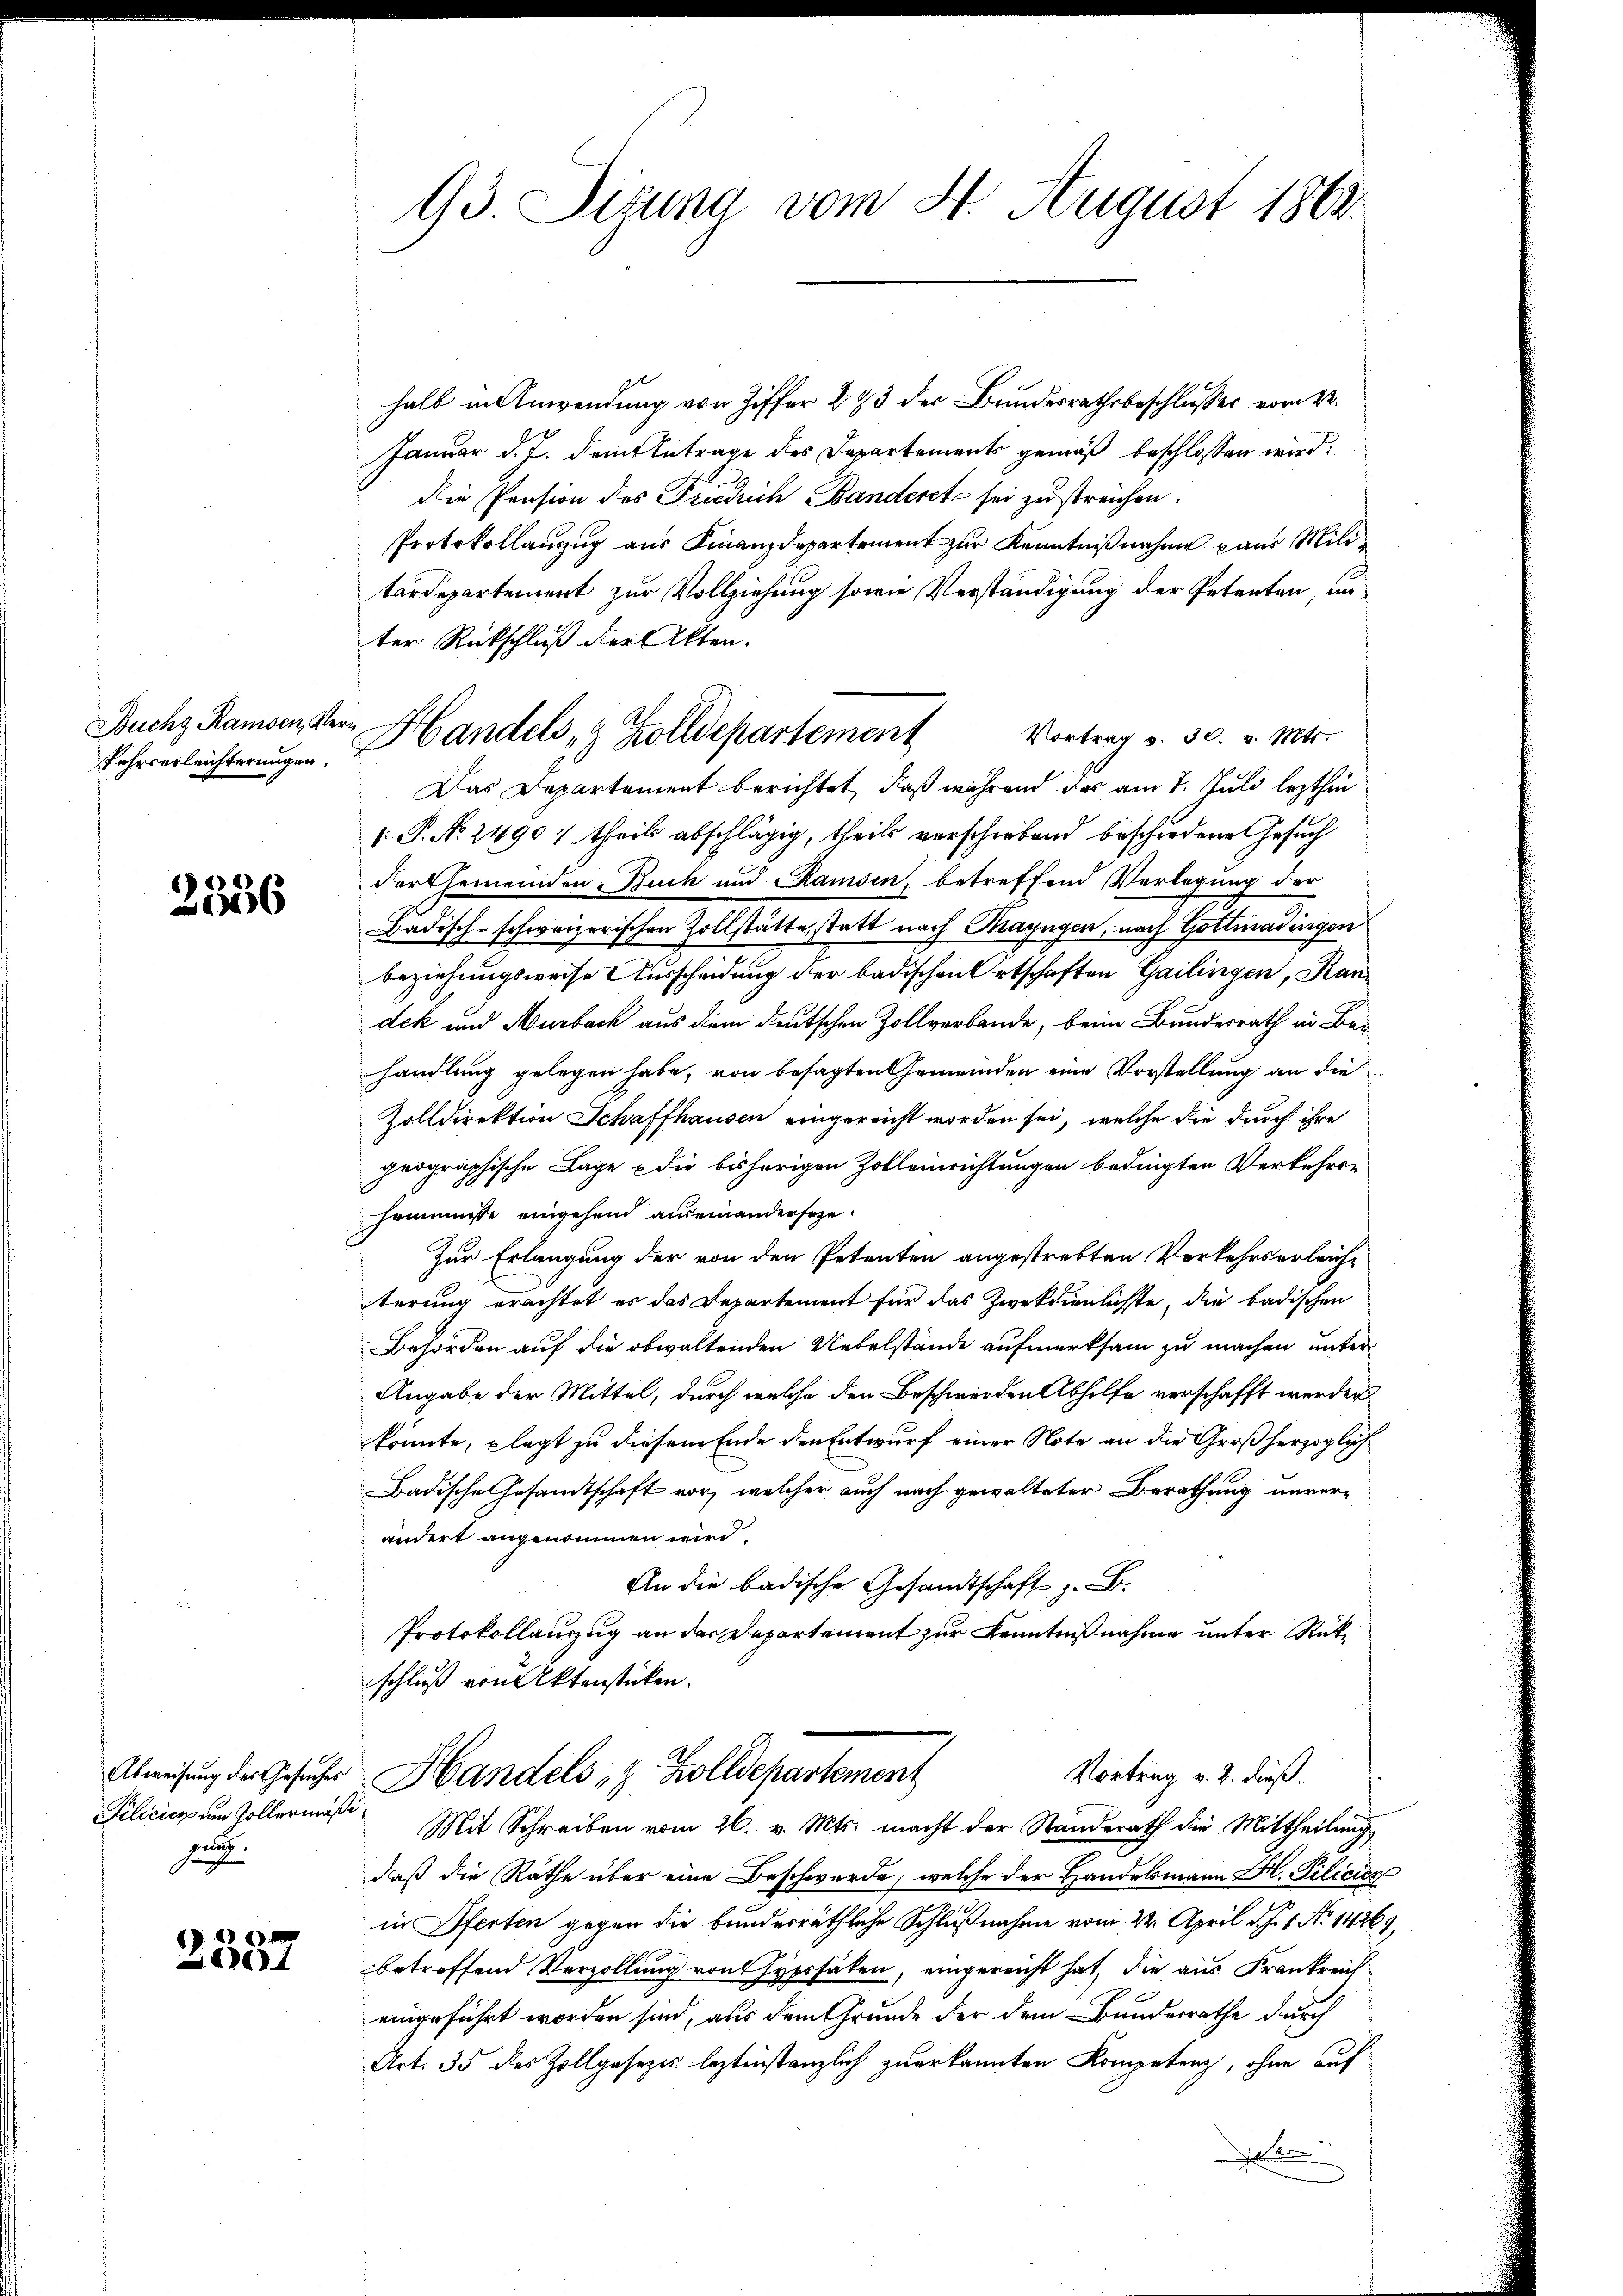
Buchz Ransen, Ver¬
Pehrverleichterungen.

2356

Abweisung des Gesuches
Pilicier um Zollermäßisan.

2337

93. Sizung vom 4. August 1862

halb in Anwendung von Ziffer 273 der Bundesrathsbeschlusses vom 22.
Januar d. J. Damit Antrage des Departements gemäß beschlossen wird.
Die Pension des Friedrich Banderet sei zu streichen.
Protokollanzug aus Finanzdepartement zur Kenntnißnahme aus Militardepartement zur Vollziehung sowie Verständigung der Petenten unter Rückschluß der Akten.
Vortrag v. 30. v. Mts.
Das Departement berichtet, daß während das am 1. Juli lezthin
[. P. N. 2490; theils abschlägig, theils verschiebend beschiedene Gesuch
Fortgemeinden Buch und Ramsen, betreffend Verlegung der
Badisch-schweizerischen Zollstätte, statt nach Thayngen, nach Gottmadingen
beziehungsweise Ausscheidung der badischen Ortschaften Gailingen, Kandek und Murbach aus dem deutschen Zollverbande, beim Bundesrath in Behandlung gelegen habe, von besagten Gemeinden eine Vorstellung an die
Zolldirektion Schaffhausen eingereicht worden sei, welche die durch ihre
geographische Lage & die bisherigen Zolleinrichtungen bedingten Verkehren
heimnisse eingehend auseinanderseze
Zur Erlangung der von den Petenten angestrebten Verkehrserleiche
terung erachtet es das Departement für das Zweckdienlichste, die badischen
Behörden auf die obwaltenden Uebelstände aufmerksam zu machen unter
Angabe der Mittel, durch welche den Beschwerden Abhilfe verschafft werden
könnte, plagt zu diesem Ende den Entwurf einer Note an die Großherzoglich
Badische Gesamtschaft vor, welcher auch nach gewalteter Berathung unverändert angenommen wird.
An die badische Gesandtschaft z. B.
Protokollauszug an der Departement zur Kenntnißnahme unter Rückschluß von Aktenstücken.
Vortrag v. 2. dieß.
Handels- & Zolldepartement
Mit Schreiben vom 26. v. Mts. macht der Standerath die Mittheilung
daß die Räthe über eine Beschwerde, welche der Handelsmann Hr. Pilicien
in Pferten gegen die bunderräthliche Schlußnahme vom 22. April d. J. 1. No 14369.
betreffend Verzöllung von Hypssälen, eingereicht hat, die aus Frankreich
eingeführt worden sind, aus dem Grunde der dem Bunderrathe durch
Art. 35 des Zollgesetzes leztinstanzlich zuerkannten Kompetenz, ohne auf
r

Handels- & Zolldepartement